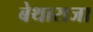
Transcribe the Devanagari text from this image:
बेथाराजा